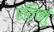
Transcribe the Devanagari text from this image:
एलिनु